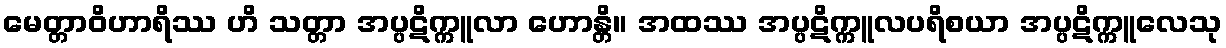
မေတ္တာဝိဟာရိဿ ဟိ သတ္တာ အပ္ပဋိက္ကူလာ ဟောန္တိ။ အထဿ အပ္ပဋိက္ကူလပရိစယာ အပ္ပဋိက္ကူလေသု